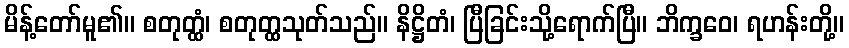
မိန့်တော်မူ၏။ စတုတ္ထံ၊ စတုတ္ထသုတ်သည်။ နိဋ္ဌိတံ၊ ပြီခြင်းသို့ရောက်ပြီ။ ဘိက္ခဝေ၊ ရဟန်းတို့။